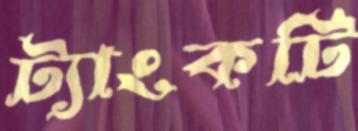
ট্যাংকটি